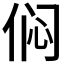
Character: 𫢨